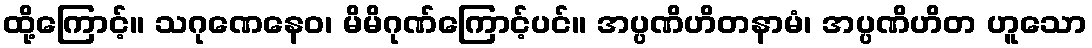
ထို့ကြောင့်။ သဂုဏေနေဝ၊ မိမိဂုဏ်ကြောင့်ပင်။ အပ္ပဏိဟိတနာမံ၊ အပ္ပဏိဟိတ ဟူသော